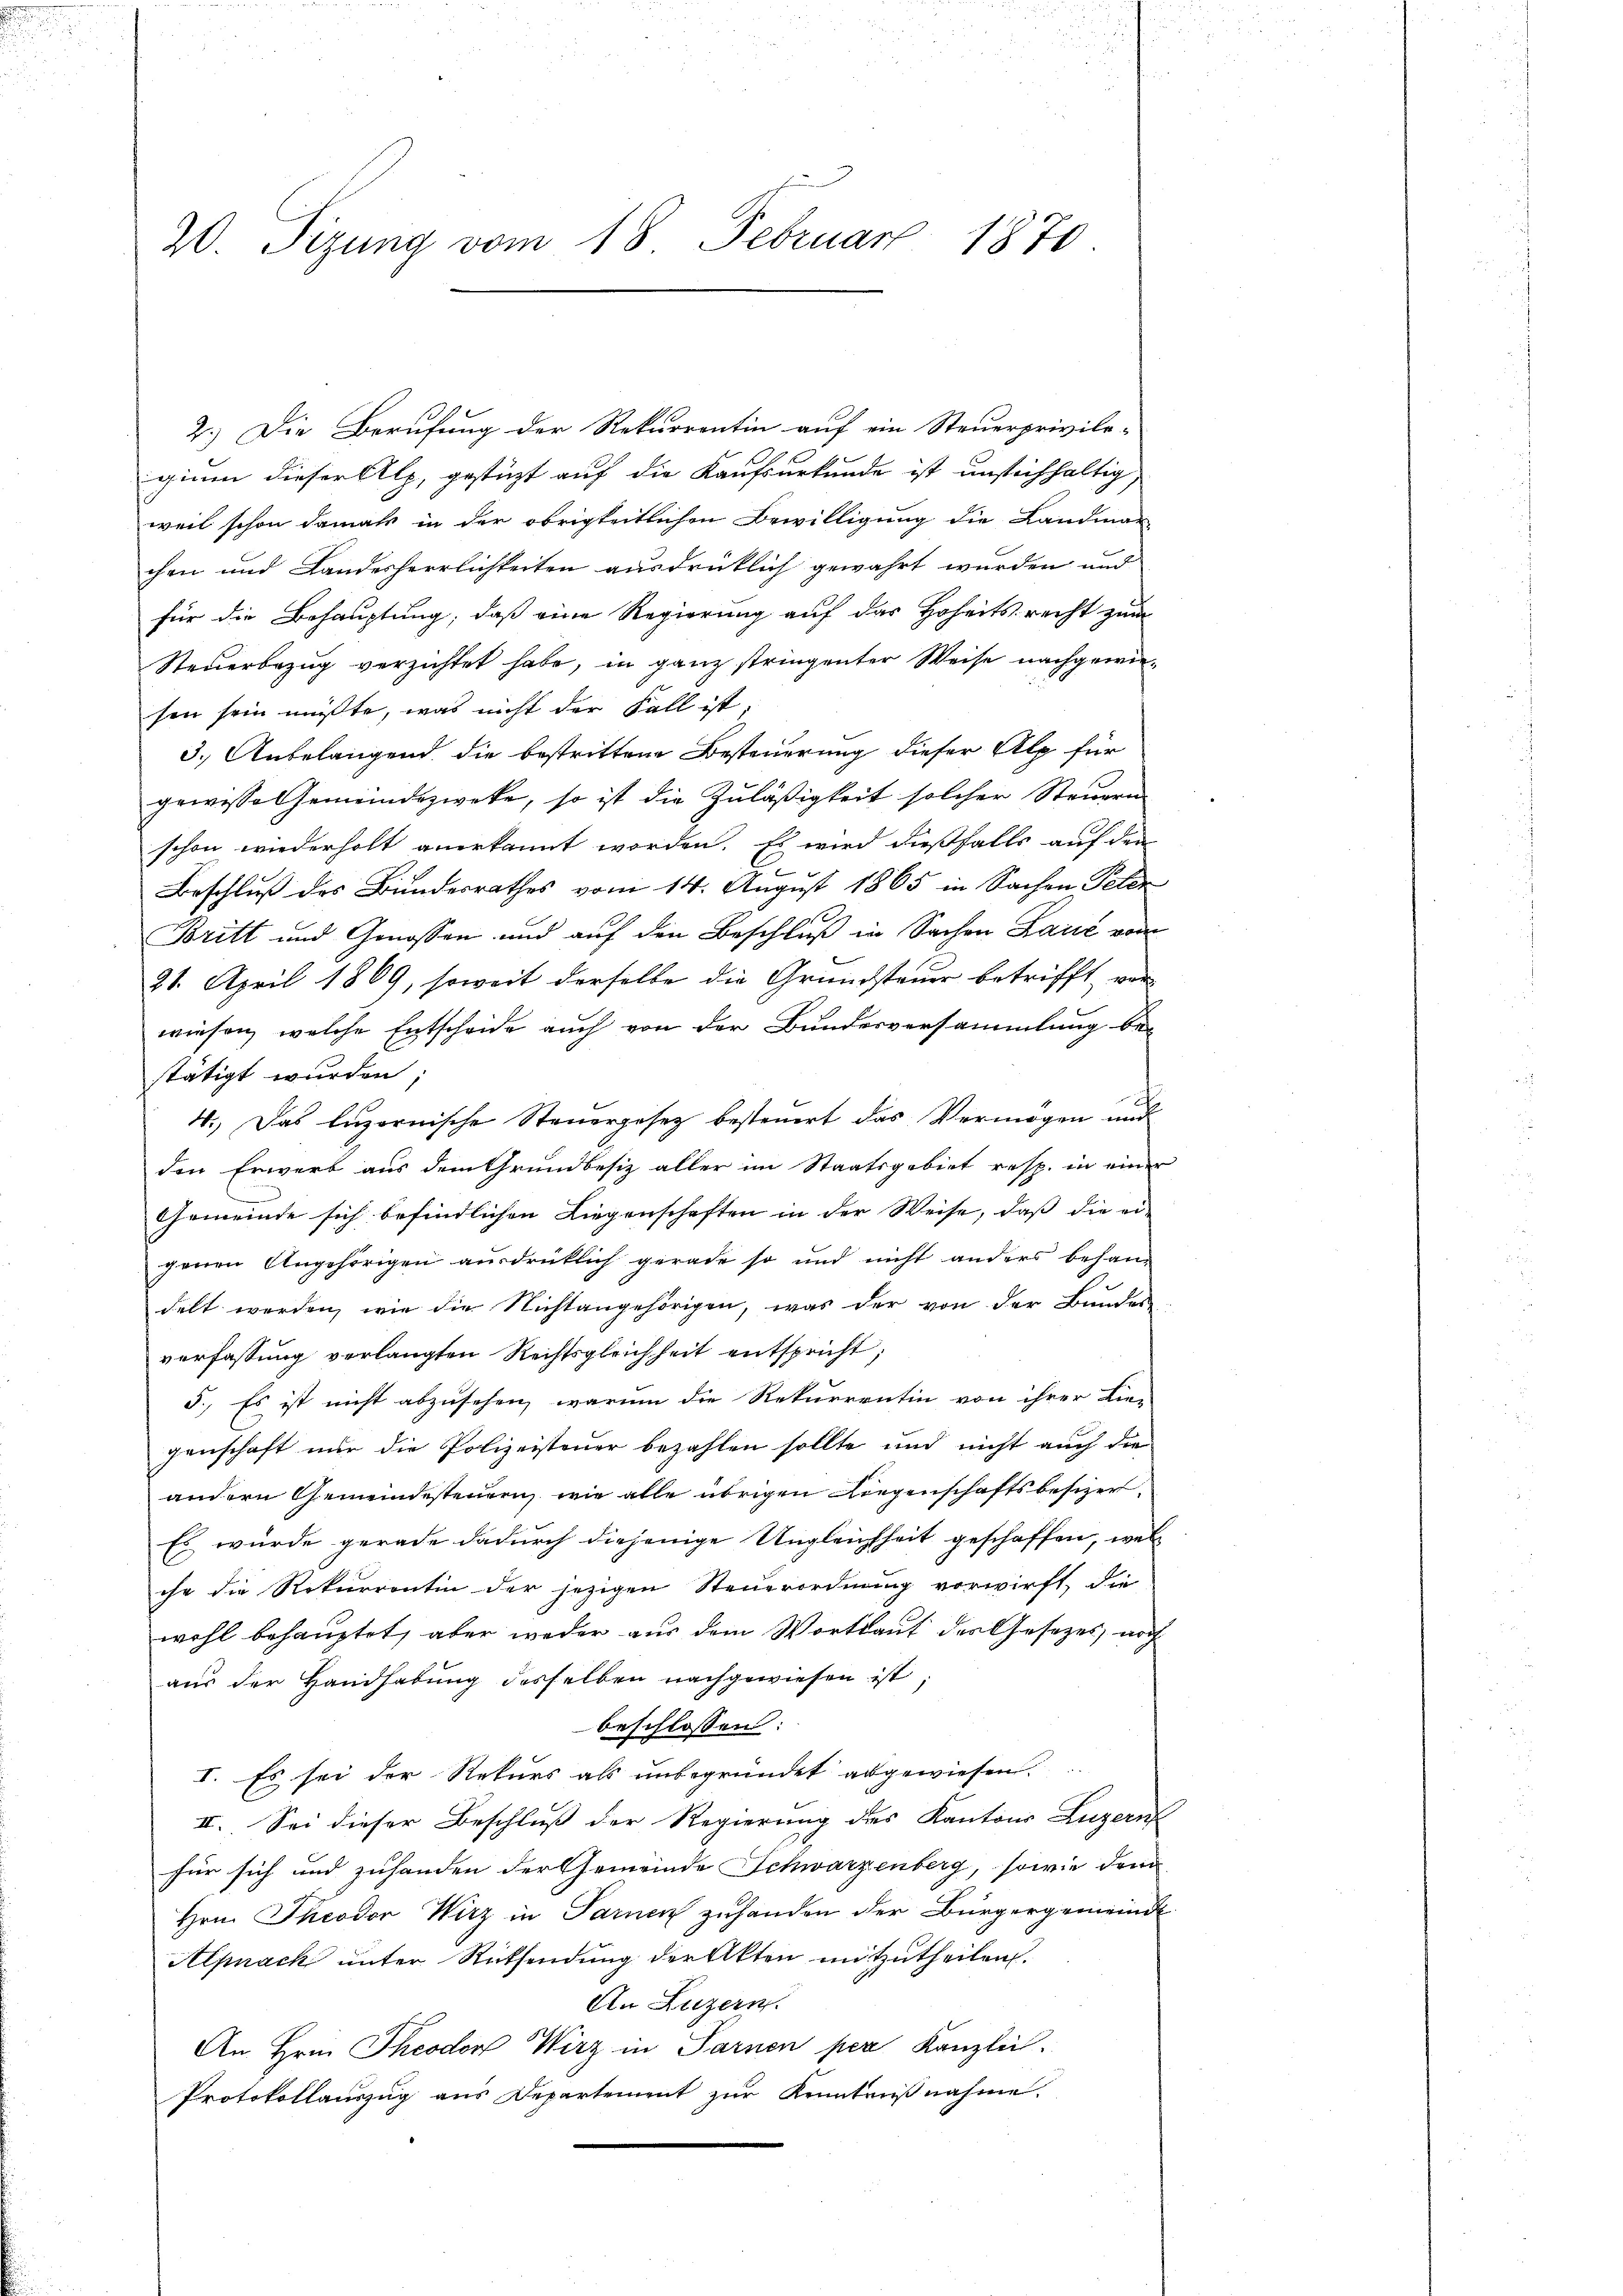
20. Sizung vom 18. Februar 1870.

2.) Die Berufung der Rekurrentin auf ein Steuerprivile-
gium dieser Alp, gestüzt auf die Kaufsurkunde ist unstichhaltig,
weil schon damals in der obrigkeitlichen Bewilligung die Landman
chen und Landesherrlichkeiten ausdrücklich gewahrt wurden und
für die Behauptung, daß eine Regierung auf das Hoheits recht zum
Steuerbezug verzichtet habe, in ganz stringenter Weise nachgewiesen sein müßte, was nicht der Fall ist,
3.) Anbelangend die bestrittene Besteuerung dieser Alp für
gewisse Gemeindezweke, so ist die Zuläßigkeit solcher Steuern
schon wiederholt anerkannt worden. Es wird dießfalls auf den
Beschluß des Bundesrathes vom 14. August 1865 in Sachen Peter
Britt und Genossen und auf den Beschluß in Sachen Laut von
21. April 1869, soweit derselbe die Grundsteuer betrifft, ver-
wiesen, welche Entscheide auch von der Bundesversammlung be-
stätigt wurden;
4.) Das luzornische Steuergesetz besteuert das Vermögen und
den Erwerb aus dem Grundbesiz aller im Staatsgebiet resp. in eine
Gemeinde sich befindlichen Liegenschaften in der Weise, daß die ei-
genen Angehörigen ausdrücklich gerade so und nicht anders behandelt werden, wie die Nichtangehörigen, was der von der Bunden
verfassung verlangten Rechtsgleichheit entspricht;
5., Es ist nicht abzusehen, warum die Rekurrentin von ihrer Lie-
genschaft nur die Polizeisteuer bezahlen sollte und nicht auch die
andern Gemeindesteuern, wie alle übrigen Liegenschaftsbesizer
Es wurde gerade dadurch diejenige Ungleichheit geschaffen, wel
che die Rekurrentin der jezigen Steuerordnung verwirft, die
wohl behauptet, aber weder aus dem Wortlauf der Gesetzes, noch
aus der Handhabung desselben nachgewiesen ist;
beschlossen:
I. Es sei der Rekurs als unbegründet abgewiesen.
II. Sei dieser Beschluß der Regierung des Kantons Luzern
für sich und zuhanden der Gemeinde Schwarzenberg, sowie dem
Hrn. Theodor Wirz in Sarnen zuhanden der Bürgergemeind
Alpnack unter Rücksendung der Akten mitzutheilen.
An Luzern.
An Hrn. Theodor Wirz in Sarnen per Kanzlich.
Protokollauszug aus Departement zur Kenntniβnahme.